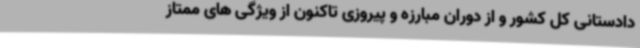
دادستانی کل کشور و از دوران مبارزه و پیروزی تاکنون از ویژگی های ممتاز